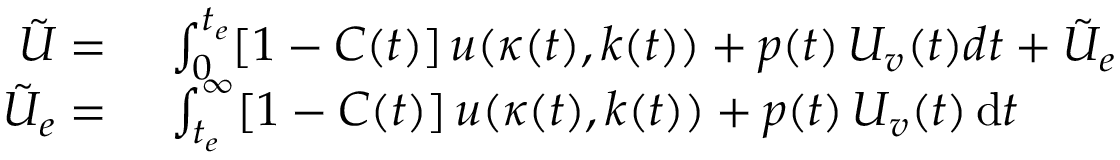
\begin{array} { r l } { \tilde { U } = } & { \ \int _ { 0 } ^ { t _ { e } } [ 1 - C ( t ) ] \, u ( \kappa ( t ) , k ( t ) ) + p ( t ) \, U _ { v } ( t ) d t + \tilde { U } _ { e } } \\ { \tilde { U } _ { e } = } & { \ \int _ { t _ { e } } ^ { \infty } [ 1 - C ( t ) ] \, u ( \kappa ( t ) , k ( t ) ) + p ( t ) \, U _ { v } ( t ) \, \mathrm { d } t } \end{array}